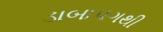
ડાબાપગથી